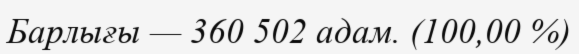
Барлығы — 360 502 адам. (100,00 %)